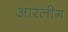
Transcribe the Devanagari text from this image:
आरलीग